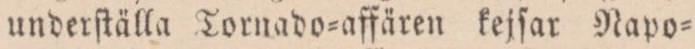
underſtälla Tornado=affäre kejſar Napo=